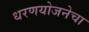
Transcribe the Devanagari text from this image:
धरणयोजनेचा